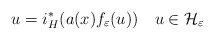
\begin{align*}u=i_{H}^{*}(a(x)f_{\varepsilon}(u))\ \ \ u\in\mathcal{H}_{\varepsilon}\end{align*}